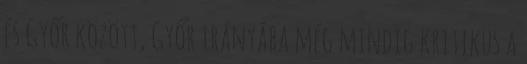
és Győr között, Győr irányába még mindig kritikus a